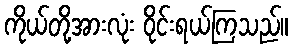
ကိုယ်တို့အားလုံး ဝိုင်းရယ်ကြသည်။